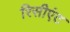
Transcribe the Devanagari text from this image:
रिसीएंट